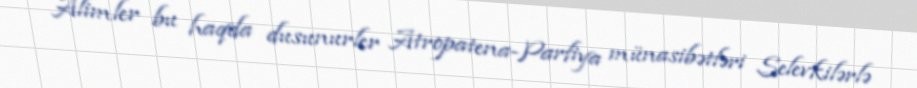
Alimler bu haqda dusunurler Atropatena-Parfiya münasibətləri Selevkilərlə